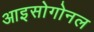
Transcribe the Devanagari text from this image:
आइसोगोनल